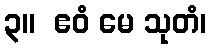
၃။  ဧဝံ မေ သုတံ၊